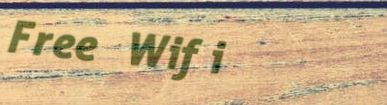
Free Wifi